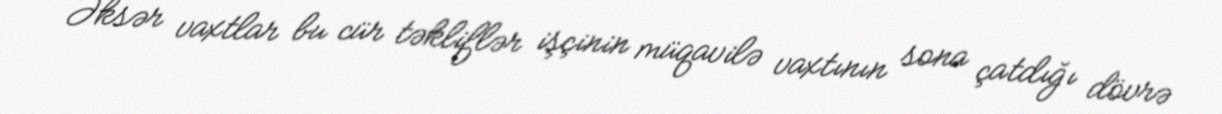
Əksər vaxtlar bu cür təkliflər işçinin müqavilə vaxtının sona çatdığı dövrə